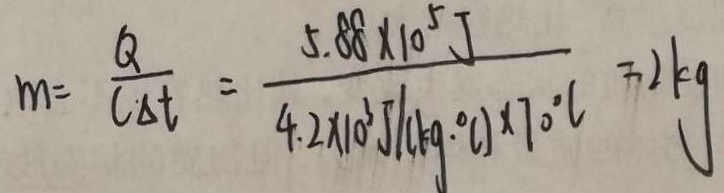
m = \frac { Q } { C \cdot \Delta t } = \frac { 5 . 8 8 \times 1 0 ^ { 5 } J } { 4 . 2 \times 1 0 ^ { 3 } J / ( k g \cdot ^ { \circ } C ) \times 7 0 ^ { \circ } C } = 2 k g